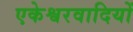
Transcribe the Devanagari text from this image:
एकेश्वरवादियों